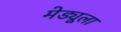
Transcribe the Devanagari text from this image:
मेड्यूला